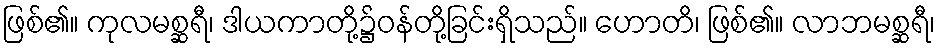
ဖြစ်၏။ ကုလမစ္ဆရီ၊ ဒါယကာတို့၌ဝန်တို့ခြင်းရှိသည်။ ဟောတိ၊ ဖြစ်၏။ လာဘမစ္ဆရီ၊